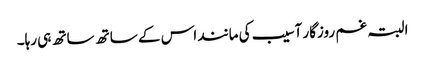
البتہ غم روزگار آسیب کی مانند اس کے ساتھ ساتھ ہی رہا۔